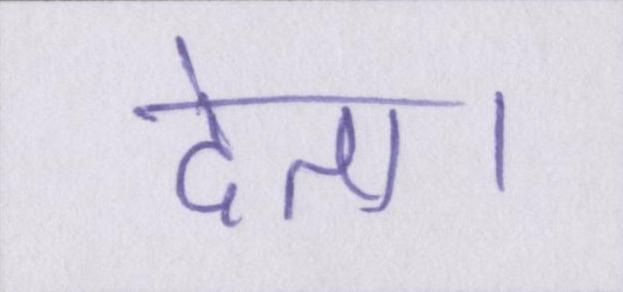
देता।